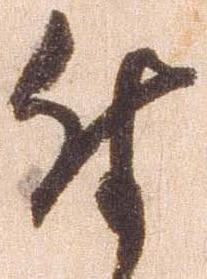
付